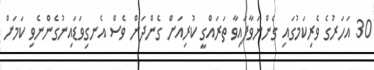
30 އަހަރުގެ ވެރިކަމުގައި ގެންނަވާފައިވާ ތަރައްގީ ކުރިއަށް ގެންދަން ވެސް އެނގިވަޑައިނުގެންނެވި ކަމަށް